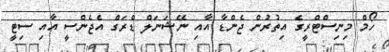
ހޯމް މިނިސްޓްރީގެ އިތުރުން ޖެންޑާ އާއި ނޭޝަނަލް ޑްރަގް އެޖެންސީ އާއި ސިޓީ